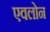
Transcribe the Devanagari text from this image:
एवलोन